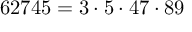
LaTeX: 6 2 7 4 5 = 3 \cdot 5 \cdot 4 7 \cdot 8 9